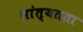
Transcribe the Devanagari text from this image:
सांत्यतता